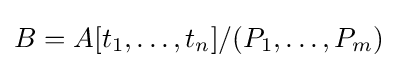
B=A[t_{1},\dots ,t_{n}]/(P_{1},\dots ,P_{m})